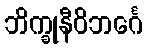
ဘိက္ခုနီဝိဘင်္ဂေ